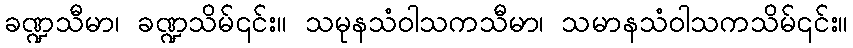
ခဏ္ဍသီမာ၊ ခဏ္ဍသိမ်၎င်း။ သမုနသံဝါသကသီမာ၊ သမာနသံဝါသကသိမ်၎င်း။